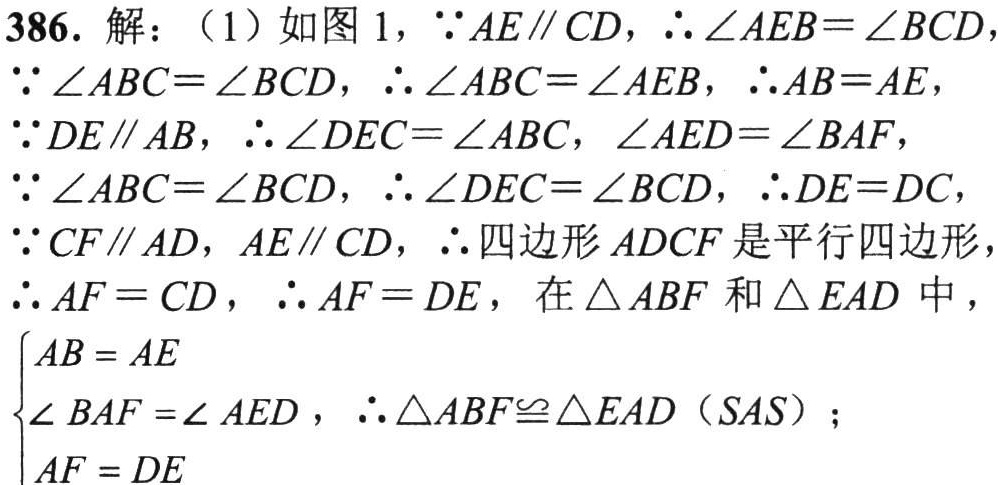
386. 解：（1）如图 1，\(\because AE\parallel CD\)，\(\therefore \angle AEB=\angle BCD\)，
\(\because \angle ABC=\angle BCD\)，\(\therefore \angle ABC=\angle AEB\)，\(\therefore AB = AE\)，
\(\because DE\parallel AB\)，\(\therefore \angle DEC=\angle ABC\)，\(\angle AED=\angle BAF\)，
\(\because \angle ABC=\angle BCD\)，\(\therefore \angle DEC=\angle BCD\)，\(\therefore DE = DC\)，
\(\because CF\parallel AD\)，\(AE\parallel CD\)，\(\therefore\)四边形\(ADCF\)是平行四边形，
\(\therefore AF = CD\)，\(\therefore AF = DE\)，在\(\triangle ABF\)和\(\triangle EAD\)中，
\(\begin{cases}AB = AE\\\angle BAF =\angle AED\\AF = DE\end{cases}\)，\(\therefore \triangle ABF\cong\triangle EAD\)（\(SAS\)）；